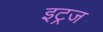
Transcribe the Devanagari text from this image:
इट्रज